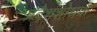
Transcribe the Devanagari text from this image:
प्रदेशशोधक